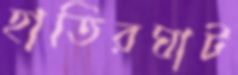
হাতিরঘাট